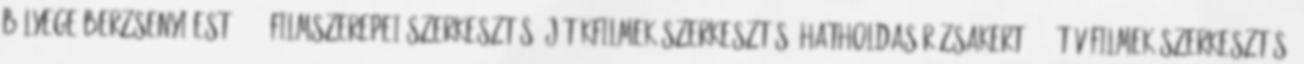
bélyege Berzsenyi-est, 1987 Filmszerepei szerkesztés Játékfilmek szerkesztés Hatholdas rózsakert 1973 Tévéfilmek szerkesztés